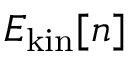
E _ { \mathrm { k i n } } [ n ]